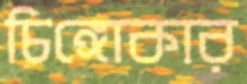
চিঙ্গোকার